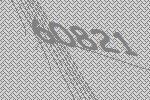
60821